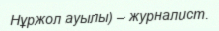
Нұржол ауылы) – журналист.